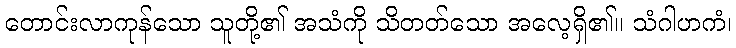
တောင်းလာကုန်သော သူတို့၏ အသံကို သိတတ်သော အလေ့ရှိ၏။ သံဂါဟကံ၊